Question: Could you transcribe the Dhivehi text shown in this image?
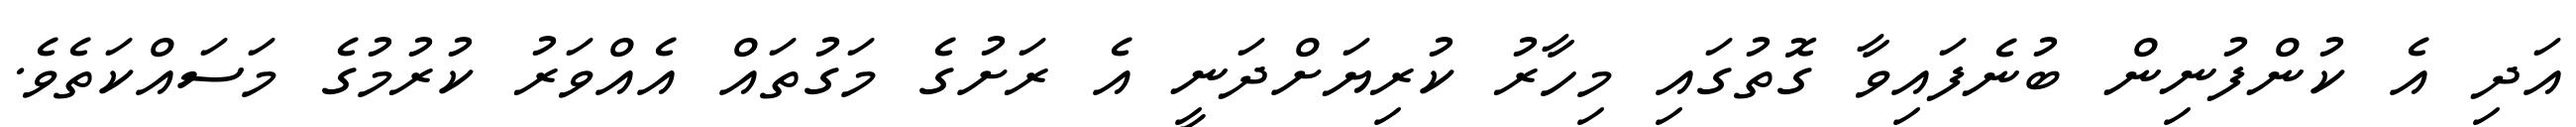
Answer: އަދި އެ ކުންފުނިން ބުނެފައިވާ ގޮތުގައި މިހާރު ކުރިޔަށްދަނީ އެ ރަށުގެ މަގުތައް އެއްވަރު ކުރުމުގެ މަސައްކަތެވެ.